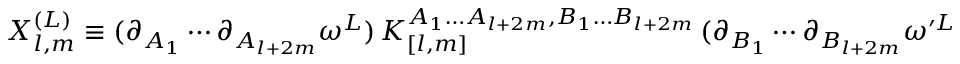
X _ { l , m } ^ { ( L ) } \equiv ( \partial _ { A _ { 1 } } \cdots \partial _ { A _ { l + 2 m } } \omega ^ { L } ) \, K _ { [ l , m ] } ^ { A _ { 1 } \dots A _ { l + 2 m } , B _ { 1 } \dots B _ { l + 2 m } } \, ( \partial _ { B _ { 1 } } \cdots \partial _ { B _ { l + 2 m } } \omega ^ { \prime L } ) \; .